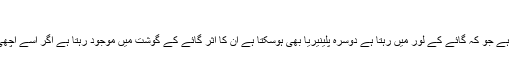
‏ستمبر 03، 2015 #6
بھائی گائے کے گوشت میں لور فلیوک نامی کیڑہ ہوتا ہے جو کہ گائے کے لور میں رہتا ہے دوسرہ پلینیریا بھی ہوسکتا ہے ان کا اثر گائے کے گوشت میں موجود رہتا ہے اگر اسے اچھی طرح پکایا نہ جائے تو یہ گوشت مہلک ہوسکتا ہے ۔